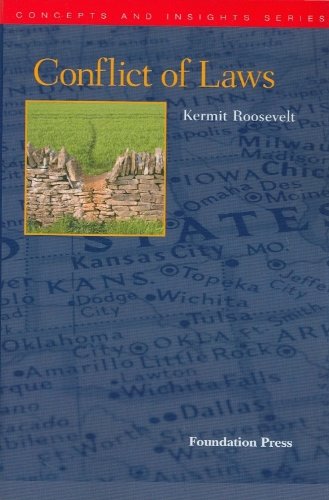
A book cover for Conflict of Laws (Concepts and Insights); Kermit Roosevelt; Law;